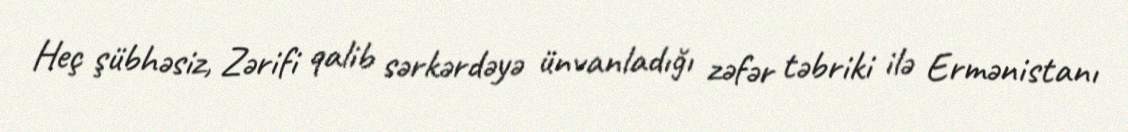
Heç şübhəsiz, Zərifi qalib sərkərdəyə ünvanladığı zəfər təbriki ilə Ermənistanı